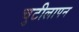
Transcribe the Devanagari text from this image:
चुटीलापन